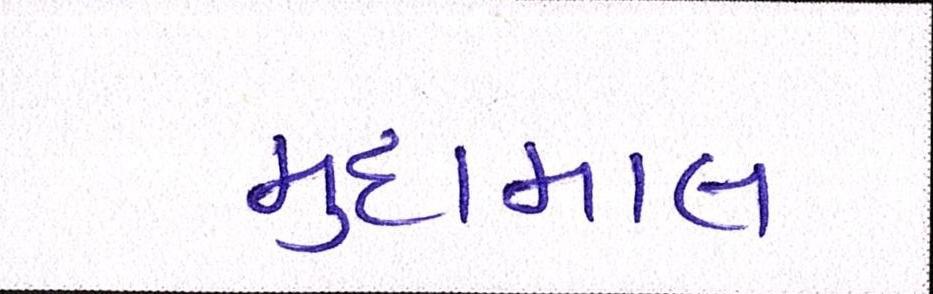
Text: મુદામાલ